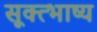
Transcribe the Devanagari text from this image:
सूक्त्भाष्य